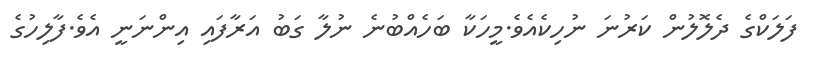
ފަލަކްގެ ދެލޮލުން ކަރުނަ ނުހިކެއެވެ.މީހަކާ ބަހެއްބުނެ ނުލާ ގަބު އަރާފައި އިންނަނީ އެވެ.ފާލިހުގެ